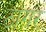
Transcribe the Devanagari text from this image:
ठांगर